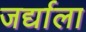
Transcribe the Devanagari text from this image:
जर्द्याला